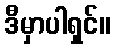
ဒီမှာပါရှင်။